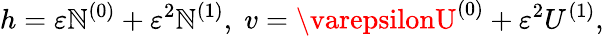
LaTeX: h=\varepsilon\mathbb{N}^{(0)}+\varepsilon^{2}\mathbb{N}^{(1)},\; v=\varepsilonU^{(0)}+\varepsilon^{2}U^{(1)},